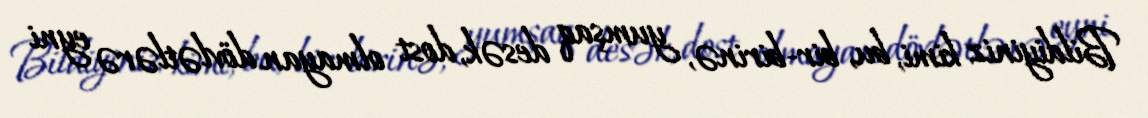
Bildiyiniz kimi, bu, bir-birinə, yumşaq desək, dost olmayan dövlətlərə eyni